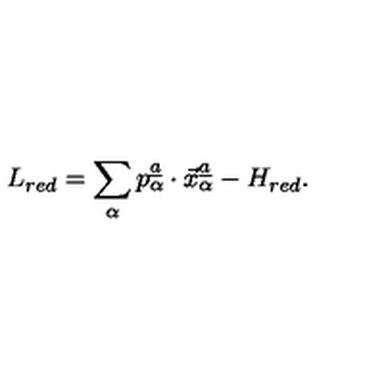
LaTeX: L _ { r e d } = \sum _ { \alpha } p _ { \alpha } \sp { \underline { { a } } } \cdot \vec { x } _ { \alpha } \sp { \underline { { a } } } - H _ { r e d } .